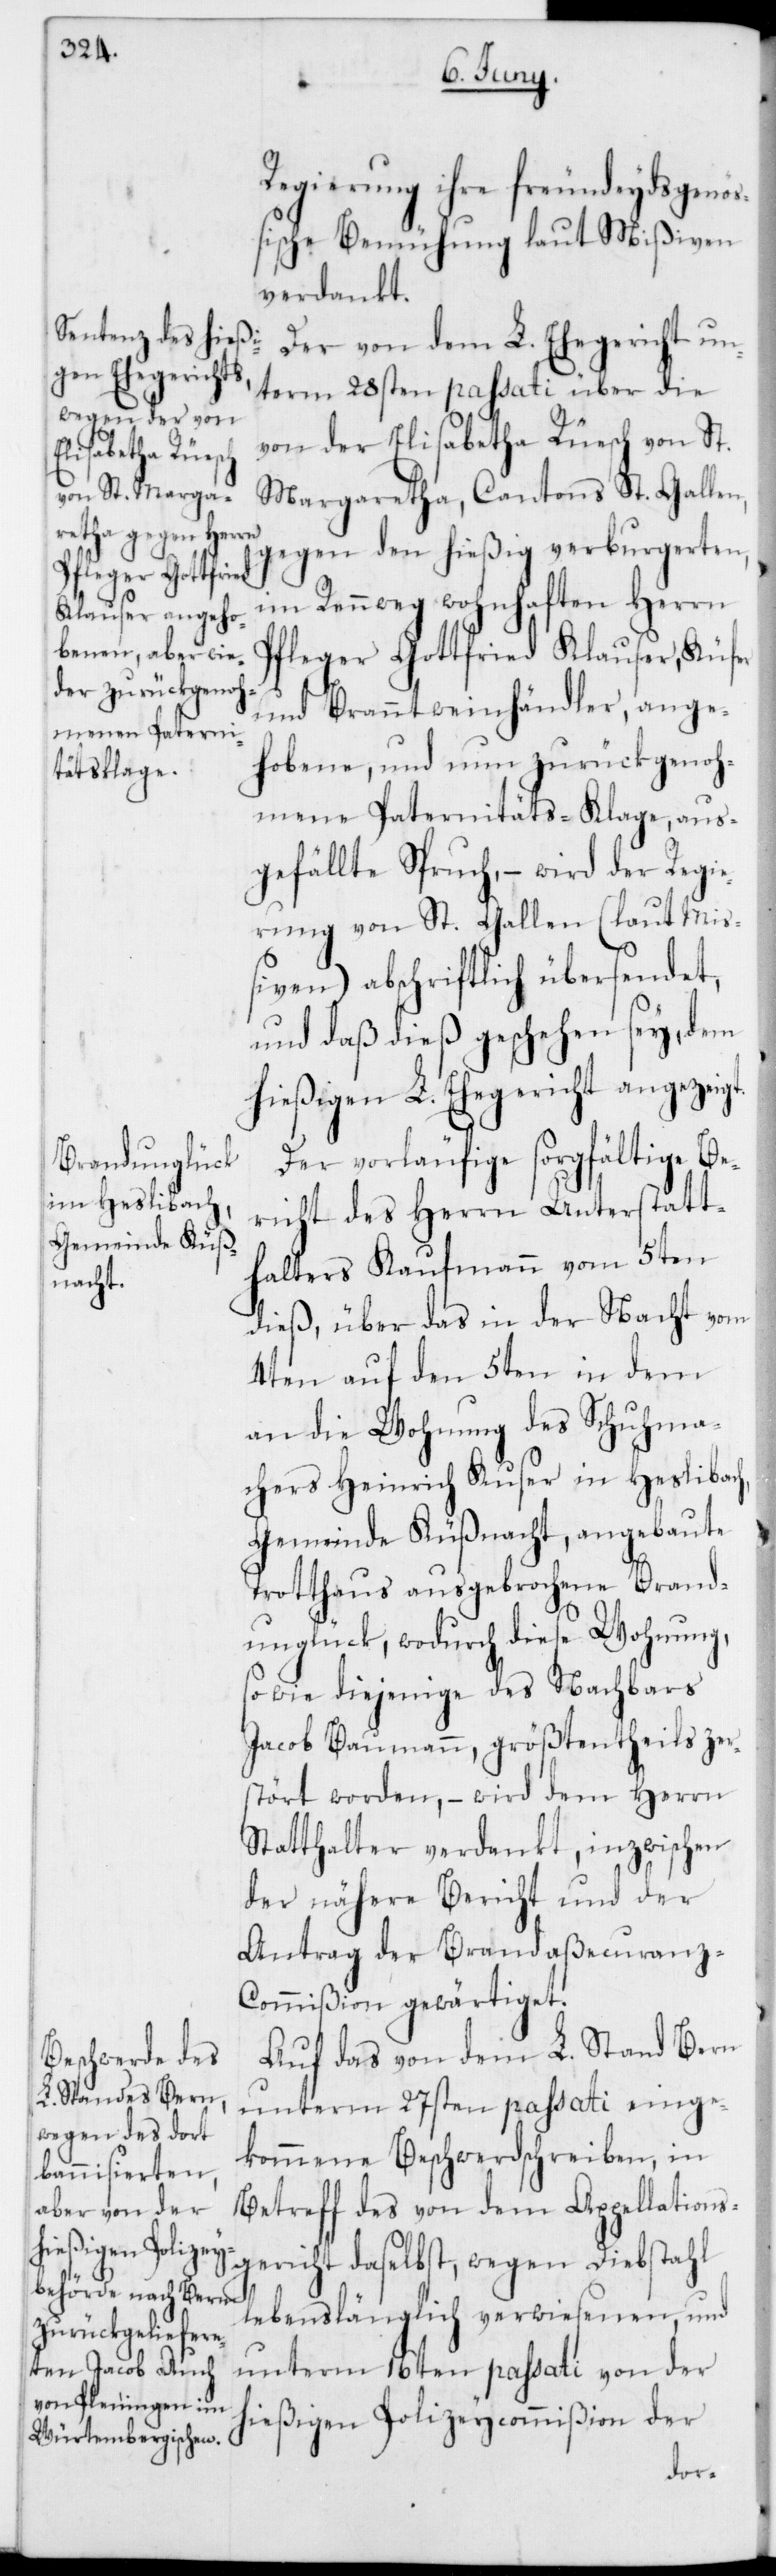
Regierung ihre freundeydsgenöß¬
ische Bemühung laut Mißiven
verdankt.
Der von dem L. Ehegericht un¬
term 28sten passati über die
von der Elisabetha Rüesch von St.
Margaretha, Cantons St. Gallen,
gegen den hießig verburgereten,
im Rennweg wohnhaften Herrn
Pfleger Gottfried Klauser, Küfer
und Branntweinhändler, ange¬
hobene und nun zurückgenoh¬
mene Paternitäts-Klage, aus¬
gefällte Spruch, – wird der Regie¬
rung von St. Gallen (laut Mi¬
ßiven) abschriftlich übersendet,
und daß dieß geschehen sey, dem
hießigen L. Ehegericht angezeigt.
Der vorläufige sorgfältige Be¬
richt des Herrn Unterstatt¬
halters Kaufmann vom 5ten
dieß, über das in der Nacht vom
4ten auf den 5ten in dem
an die Wohnung des Schuhma¬
chers Heinrich Kuser in Heslibach,
Gemeinde Küßnacht, angebaute
Trotthaus ausgebrochene Brand¬
unglück, wodurch diese Wohnung,
sowie diejenige des Nachbars
Jacob Baumann, größtentheils zer¬
stört worden, – wird dem Herrn
Statthalter verdankt, inzwischen
der nähere Bericht und der
Antrag der Brandaßecuran¬
z-Commißion gewärtiget.
Auf das von dem L. Stand Bern
unterm 27sten passati einge¬
kommene Beschwerdschreiben, in
Betreff des von dem Appellations¬
gericht daselbst, wegen Diebstahl
lebenslänglich verwiesenen, und
unterm 16ten passati von der
hießigen Polizeycommißion der